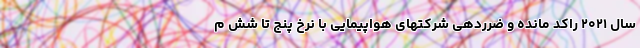
سال ۲۰۲۱ راکد مانده و ضرردهی شرکتهای هواپیمایی با نرخ پنج تا شش م